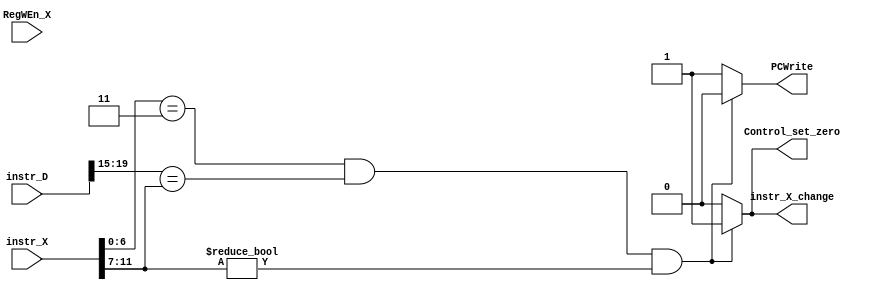
module hazard_det_unit (
    input [31:0] instr_X,
    input [31:0] instr_D,
    input RegWEn_X,
    output reg Control_set_zero,
    output reg PCWrite,
    output reg instr_X_change

);
initial begin
    PCWrite=1;
end
wire[4:0] instr_D_rs1 = instr_D[19:15];
wire[4:0] instr_D_rs2 =  instr_D[24:20];
wire[4:0] instr_X_rd= instr_X[11:7];

wire [6:0] opcode_X=instr_X[6:0];

always @(*) begin
    if((opcode_X=='h03)& (instr_D_rs1==instr_X_rd ||instr_D_rs1==instr_X_rd) & instr_X_rd!=0)
    begin

            PCWrite=0;
            Control_set_zero=1;
            instr_X_change=1;
    end
    else
        begin
            PCWrite=1;
            Control_set_zero=0;
            instr_X_change=0;
        end
end
    
endmodule